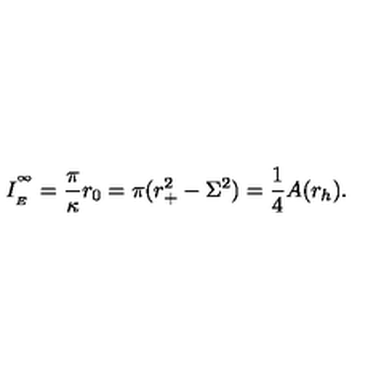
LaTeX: I _ { \phantom { } _ { E } } ^ { \phantom { } ^ { \infty } } = \frac { \pi } { \kappa } r _ { 0 } = \pi ( r _ { + } ^ { 2 } - \Sigma ^ { 2 } ) = \frac { 1 } { 4 } A ( r _ { h } ) .